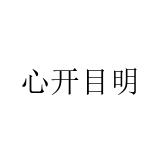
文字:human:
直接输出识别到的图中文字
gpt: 心开目明